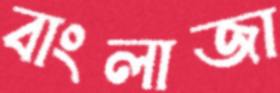
বাংলাজা